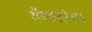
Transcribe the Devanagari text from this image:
अॅक्सलरेशन